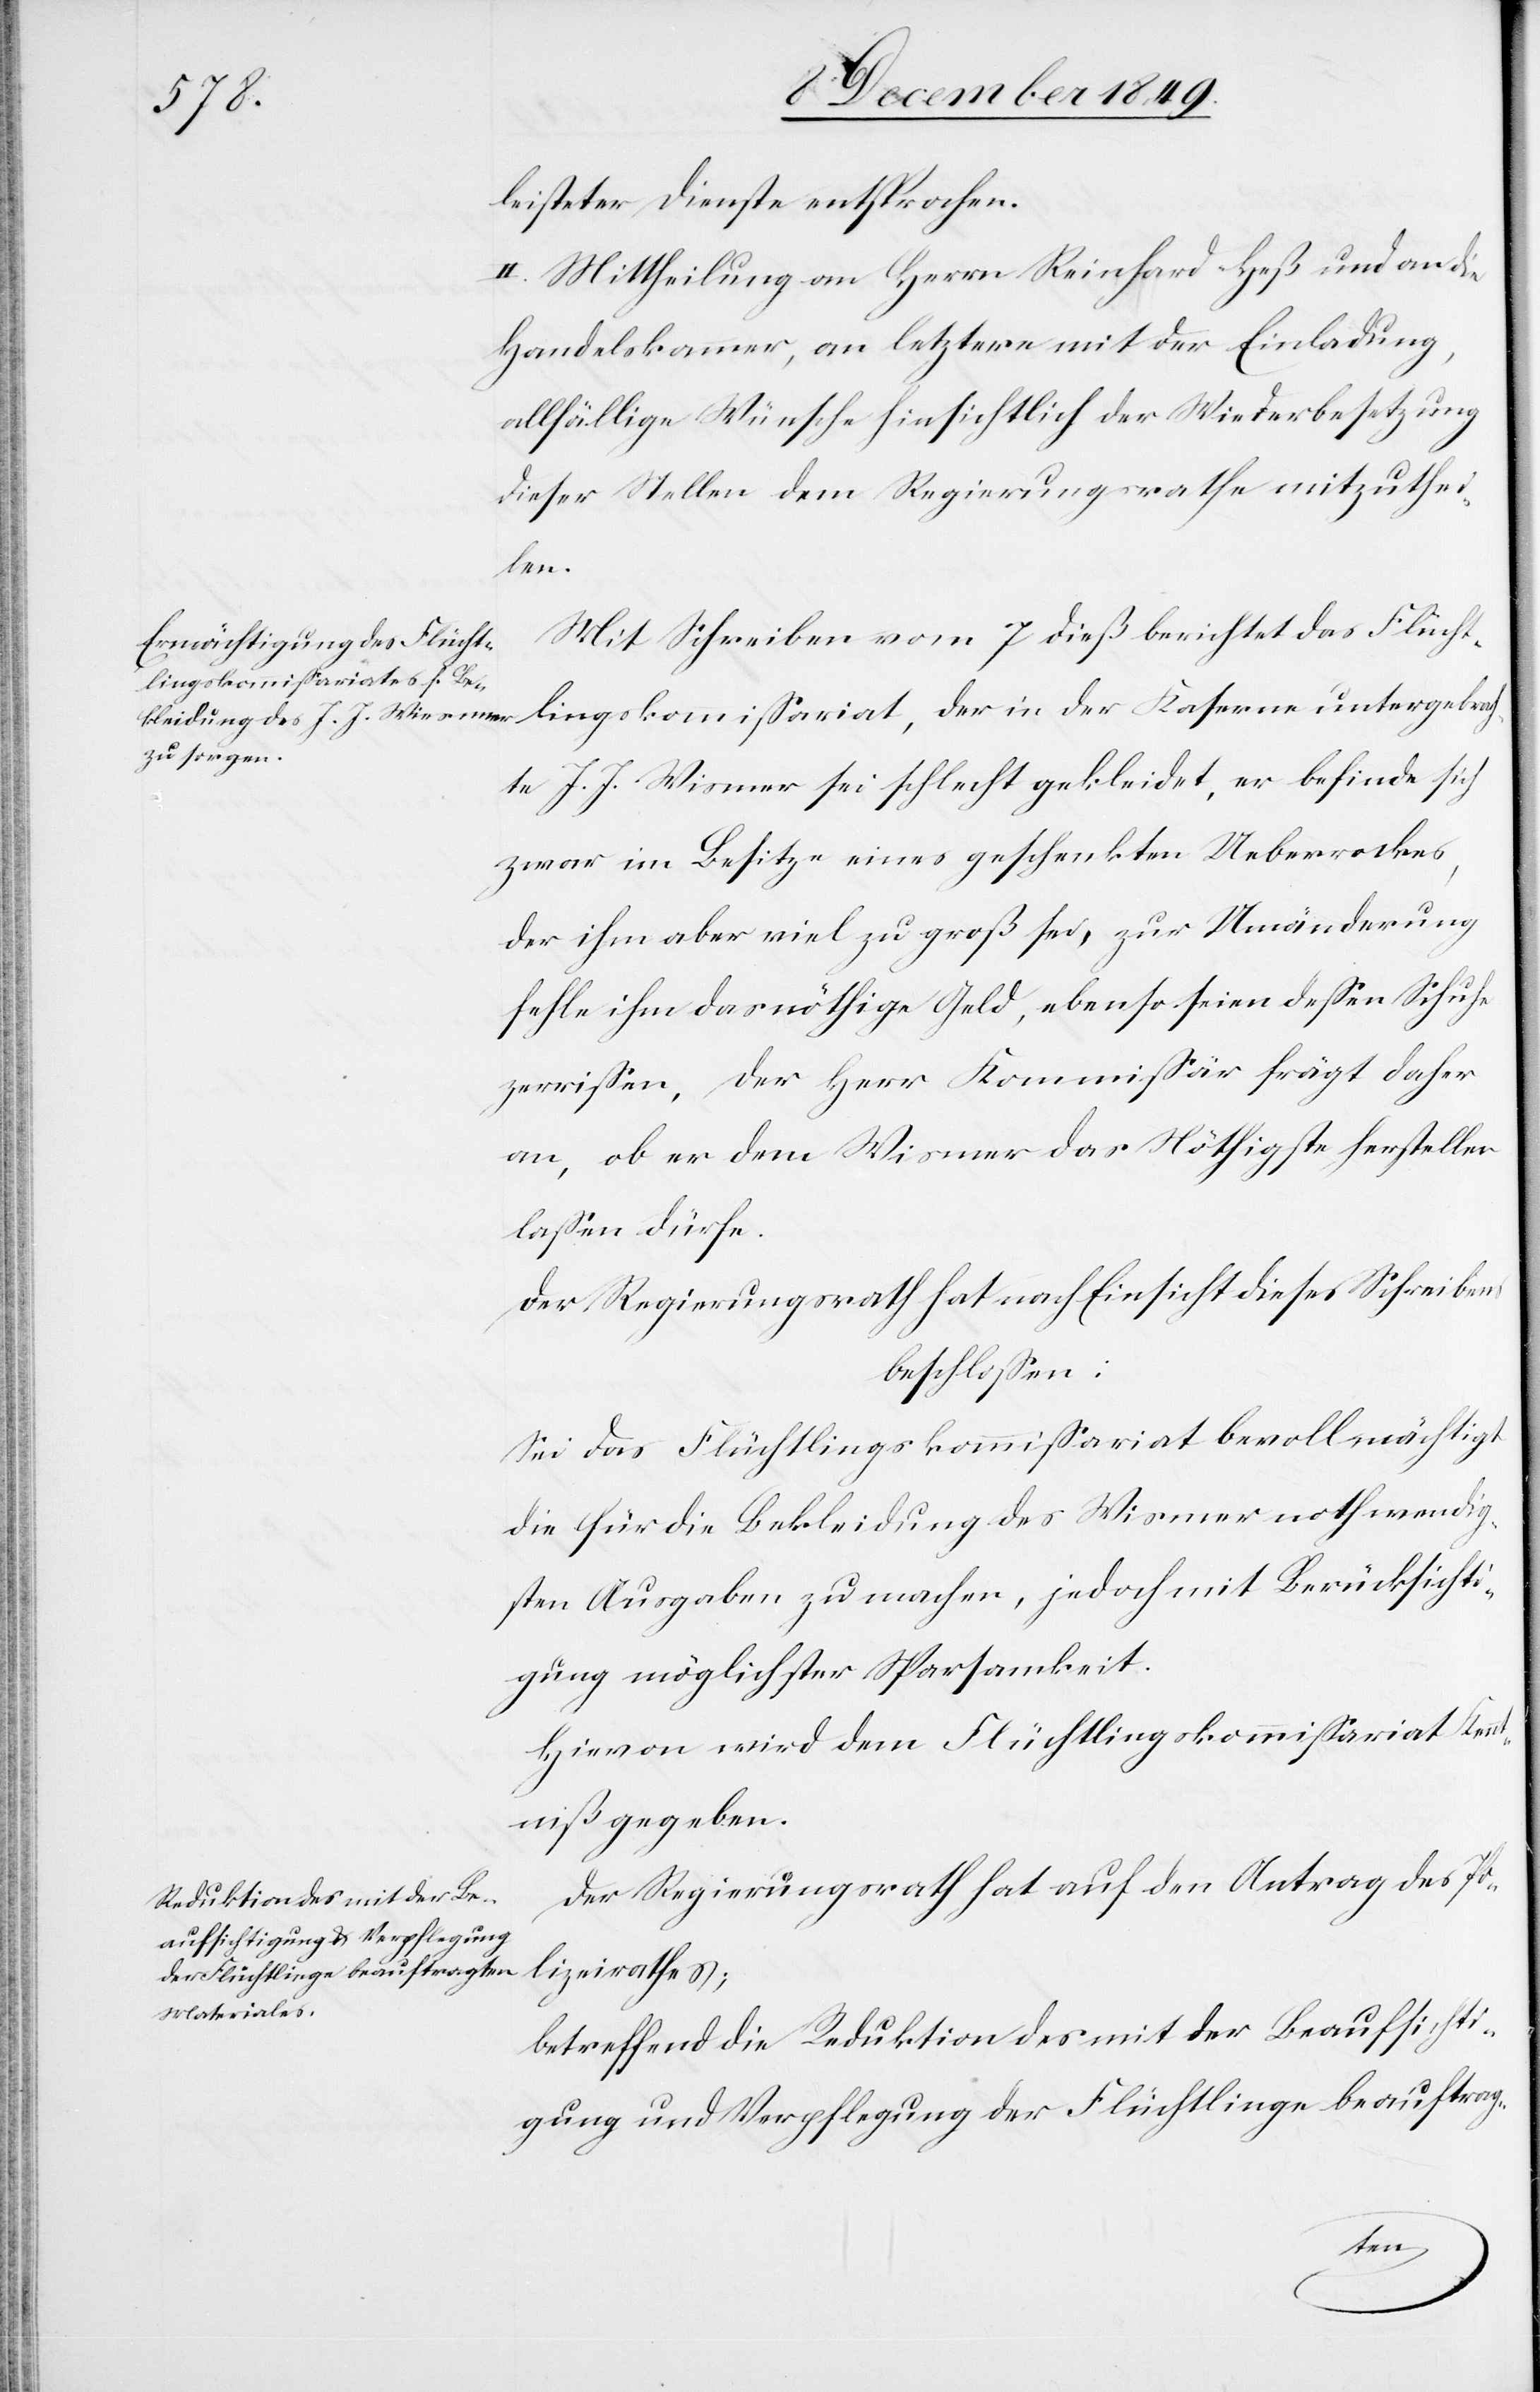
leisteter Dienste entsprochen.
II. Mittheilung an Herrn Richard Heß und an die
Handelskammer, an letztere mit der Einladung,
allfällige Wünsche hinsichtlich der Wiederbesetzung
dieser Stellen dem Regierungsrathe mitzuthei¬
len.
Mit Schreiben vom 7 dieß berichtet das Flücht¬
lingskommißariat, der in der Kaserne untergebrach¬
te J. J. Wismer sei schlecht gekleidet, er befinde sich
zwar im Besitze eines geschenkten Ueberrockes,
der ihm aber viel zu groß sei, zur Umänderung
fehle ihm das nöthige Geld, ebenso seien deßen Schuhe
zerrissen, der Herr Kommißär frägt daher
an, ob er dem Wismer das Nöthigste herstellen
laßen dürfe.
Der Regierungsrath hat nach Einsicht dieses Schreibens
beschloßen:
Sei das Flüchtlingskommißariat bevollmächtigt
die für die Bekleidung des Wismer nothwendig¬
sten Ausgaben zu machen, jedoch mit Berücksichti¬
gung möglichster Sparsamkeit.
Hievon wird dem Flüchtlingskommißariat Ken¬
ntniß gegeben.
Der Regierungsrath hat auf den Antrag des Po¬
lizeirathes;
betreffend die Reduktion des mit der Beaufsichti¬
gung und Verpflegung der Flüchtlinge beauftrag-